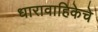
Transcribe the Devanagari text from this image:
धारावाहिकेचे